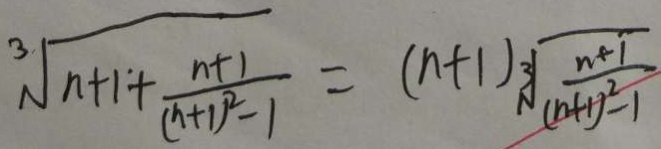
\sqrt [ 3 ] { n + 1 + \frac { n + 1 } { ( n + 1 ) ^ { 2 } - 1 } } = ( n + 1 ) \sqrt [ 3 ] { \frac { n + 1 } { ( n + 1 ) ^ { 2 } - 1 } }